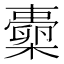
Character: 𱤦